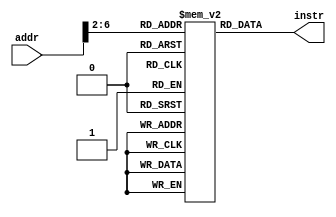
module Instr_Mem (
    input  [31:0] addr,
    output [31:0] instr
);

    reg [31:0] IM[0:31];
    assign instr = IM[addr[6:2]];
    
endmodule